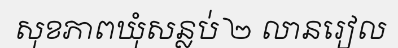
សុខភាពឃុំសន្លប់ ២ លានរៀល